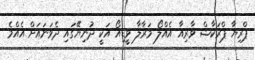
ޕްރިޔާ ޕްރަކާޝް ވާރިއާ އެއްލޯ މަރާލާ ވީޑިއޯ އަކީ ދުނިޔޭގައި ދެވަނައަށް އެއްމެ